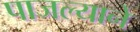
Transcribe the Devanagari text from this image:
पाजल्याने